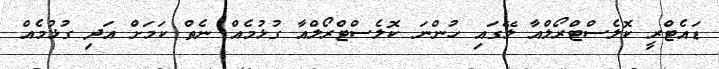
ޑައެޓްރީ ކޮލެސްޓްރޯލްއާ ލޭގައި ހުންނަ ކޮލެސްޓްރޯލްއާ ގުޅުމެއް ނެތް ކަމަށް އަދި ގުޅުމެއް